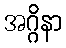
အဂ္ဂိနာ